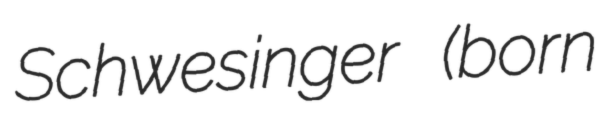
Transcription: Schwesinger (born